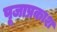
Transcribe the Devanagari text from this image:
पूजाप्रकाश